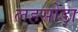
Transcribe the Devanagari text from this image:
लहसोड़ा